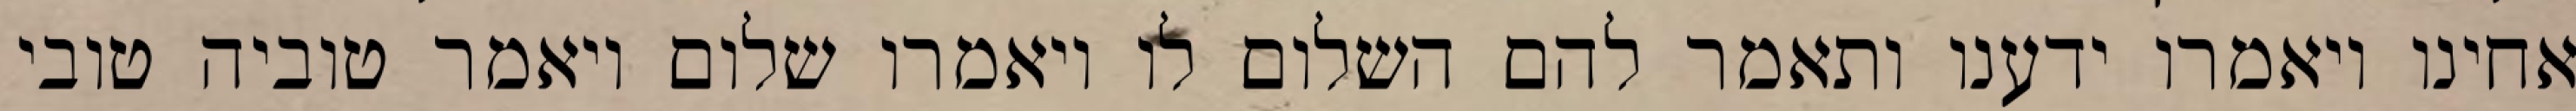
אחינו ויאמרו ידענו ותאמר להם השלום לו ויאמרו שלום ויאמר טוביה טובי